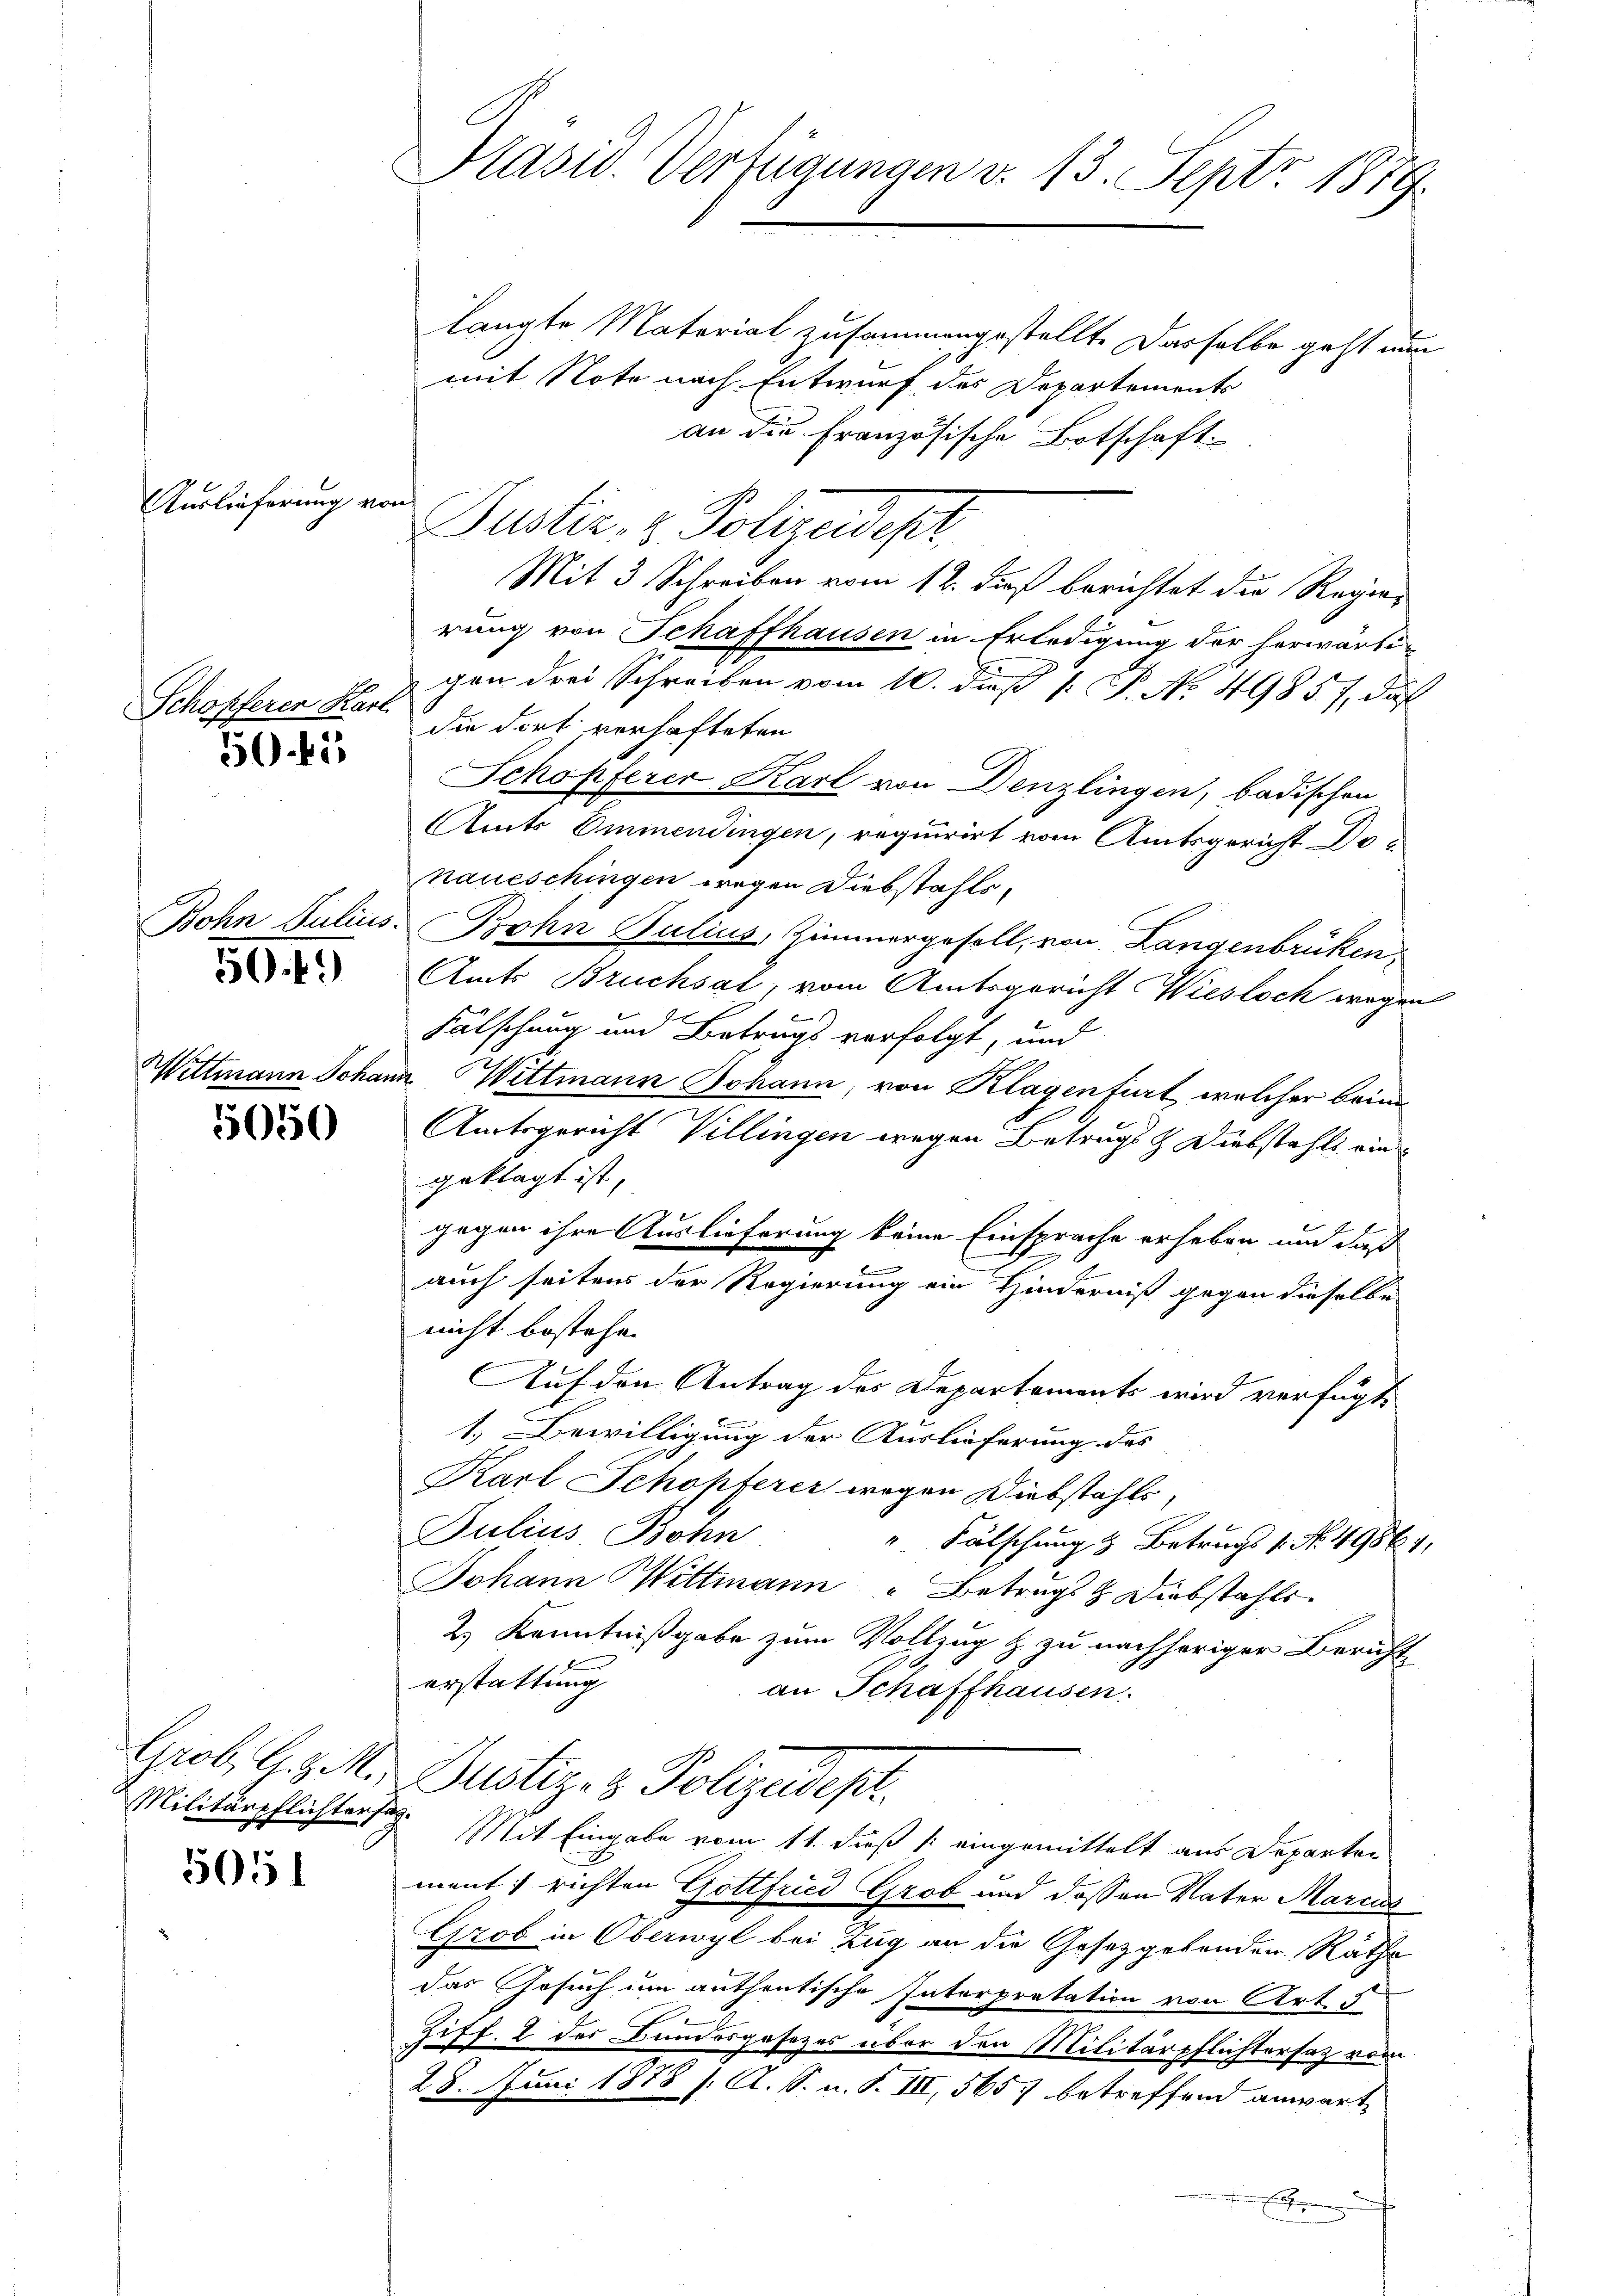
Auslieferung von

Schöpferen Karl
50 bis

Bohn Julius.

50 f.)

5050

Militärpflichtersag

5051

Präsid. Verfügungen d. 13. Sept. 1879.

langte Material zusammengestellte dasselbe geht nun
mit Note nach Entwurf des Departements
an die Französische Botschaft
Justiz- & Polizeidepr
Mit 3 Schreiben vom 12. dieß berichtet die Regie-
rung von Schaffhausen in Erledigung der herwärti-
gen drei Schreiben vom 10. dieß P. P. No 49857, daß
die dort verhafteten
Schopferer Karl von Denzlingen, badischen
Amts Emmendingen, requirirt vom Amtsgericht De-
naueschingen wegen Diebstahls,
Bohn Bulius, Zimmergesell, von Langenbrüken
Amts Bruchsal, vom Amtsgericht Wiesloch wegen

Fälschung und Betrags verfolgt, und
Wittmann Johann Wittmann Johann, von Klagenfiert, welcher beim
Amtsgericht Villingen wegen Betrugs- & Diebstahls eingeklagt ist,
gegen ihre Auslieferung keine Einsprache erheben und daß
b
auch seitens der Regierung ein Hinderniß gegen dieselbe
nicht bestehe.
Auf den Antrag des Departements wird verfügt,
1. Bewilligung der Auslieferung des
Karl Schopferer wegen Diebstahls,
Julius Bohn
". Fälschung & Betruchs 1. No. 49864,
Johann Wittmann " Betrugs & Diebstahls
2.) Kenntnißgabe zum Vollzug & zu nachheriger Bericht
erstattung
an Schaffhausen.
Grob, d. d. M. Justiz- & Polizeidept.
Mit Eingabe vom 11. dieß (: eingemittelt aus Departen
ment richten Gottfried Grob und dessen Vater Marcus
Grob in Oberwyl bei Zug an die Gesetzgebenden Räthe
das Gesuch um anthentische Interpretation von Art. 5
Ziff. 2 des Bundesgesezes über den Militärpflichtersatz vom
28. Juni 1878 s. A. S. n. F. III, 5657 betreffend anwart
¬
E